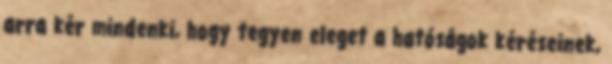
arra kér mindenki, hogy tegyen eleget a hatóságok kéréseinek,